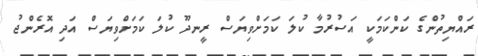
ރައްޔިތުންގެ ކަންކަމަކީ އަސުރުމާ ކުލަ ކަމަށްވިޔަސް ރީނދޫ ކުލަ ކަމަށްވިޔަސް އަދި އޮރެންޖު